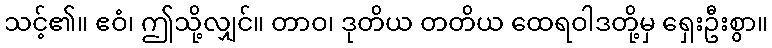
သင့်၏။ ဧဝံ၊ ဤသို့လျှင်။ တာဝ၊ ဒုတိယ တတိယ ထေရဝါဒတို့မှ ရှေးဦးစွာ။